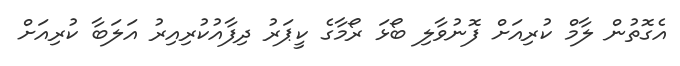
އެގޮތުން ލާމް ކުރިއަށް ފޮނުވާލި ބޯޅަ ރޯމާގެ ކީޕަރު ދިފާއުކުރިއިރު އަލަބާ ކުރިއަށް